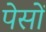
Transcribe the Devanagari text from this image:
पेसों